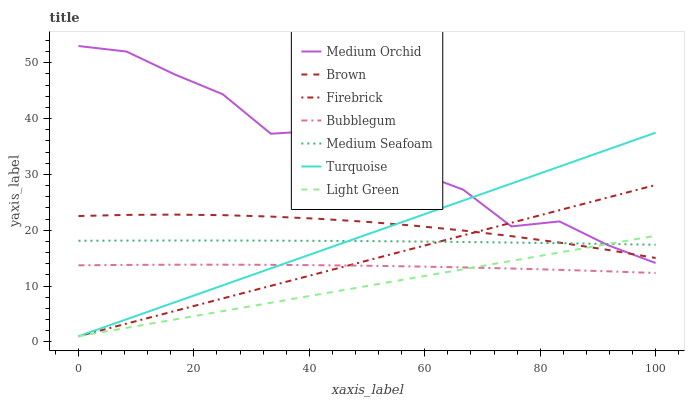
| xaxis_label | Medium Orchid | Brown | Firebrick | Bubblegum | Medium Seafoam | Turquoise | Light Green |
 | --- | --- | --- | --- | --- | --- | --- | --- |
 | 0 | 53 | 22.5 | 1 | 13.7 | 18.1 | 1 | 1 |
 | 8.33 | 52 | 22.7 | 3.26 | 13.8 | 18.1 | 4.04 | 2.5 |
 | 16.7 | 47.9 | 22.8 | 5.52 | 13.8 | 18.2 | 7.08 | 4 |
 | 25 | 44.4 | 22.7 | 7.78 | 13.8 | 18.2 | 10.1 | 5.5 |
 | 33.3 | 37.3 | 22.4 | 10 | 13.8 | 18.1 | 13.2 | 7 |
 | 41.7 | 37.8 | 22 | 12.3 | 13.7 | 18.1 | 16.2 | 8.5 |
 | 50 | 31.7 | 21.5 | 14.6 | 13.6 | 18 | 19.2 | 10 |
 | 58.3 | 30.5 | 20.8 | 16.8 | 13.5 | 18 | 22.3 | 11.5 |
 | 66.7 | 27.3 | 19.9 | 19.1 | 13.3 | 17.9 | 25.3 | 13 |
 | 75 | 20.7 | 18.9 | 21.3 | 13.1 | 17.8 | 28.4 | 14.5 |
 | 83.3 | 21.6 | 17.8 | 23.6 | 12.9 | 17.7 | 31.4 | 16 |
 | 91.7 | 17.3 | 16.5 | 25.8 | 12.6 | 17.5 | 34.4 | 17.5 |
 | 100 | 14.1 | 15 | 28.1 | 12.3 | 17.4 | 37.5 | 19 |